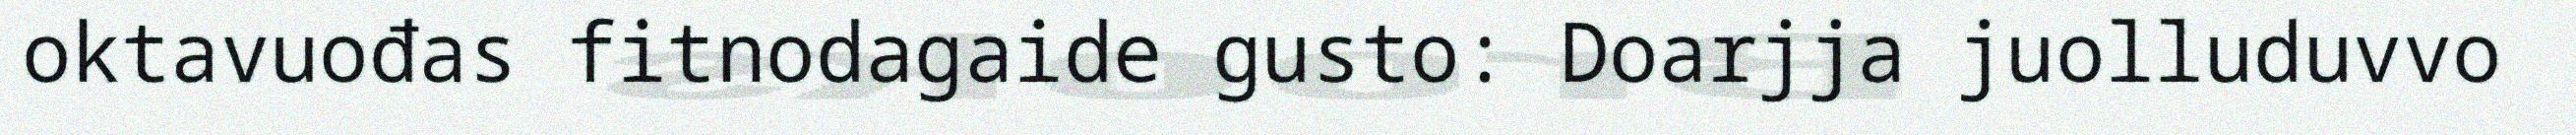
oktavuođas fitnodagaide gusto: Doarjja juolluduvvo